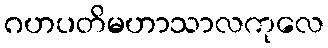
ဂဟပတိမဟာသာလကုလေ